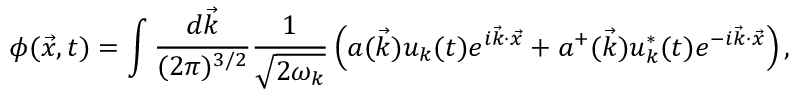
\phi ( \vec { x } , t ) = \int \frac { d \vec { k } } { ( 2 \pi ) ^ { 3 / 2 } } \frac { 1 } { \sqrt { 2 \omega _ { k } } } \left( a ( \vec { k } ) u _ { k } ( t ) e ^ { i \vec { k } \cdot \vec { x } } + a ^ { + } ( \vec { k } ) u _ { k } ^ { * } ( t ) e ^ { - i \vec { k } \cdot \vec { x } } \right) ,